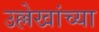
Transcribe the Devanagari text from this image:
उल्लेखांच्या